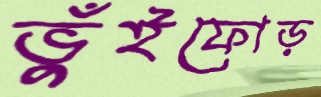
ভুঁইফোড়